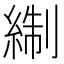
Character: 𰫬